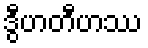
ဒွီဟတီဟဿ